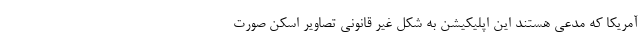
آمریکا که مدعی هستند این اپلیکیشن به شکل غیر قانونی تصاویر اسکن صورت